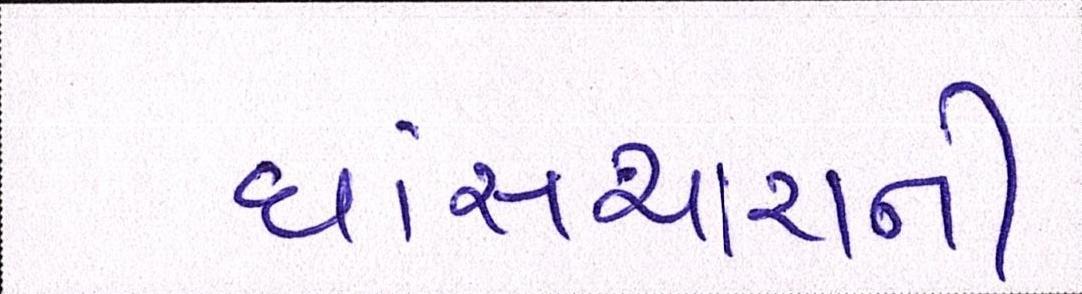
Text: ઘાંસચારાની